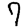
Digit: 7